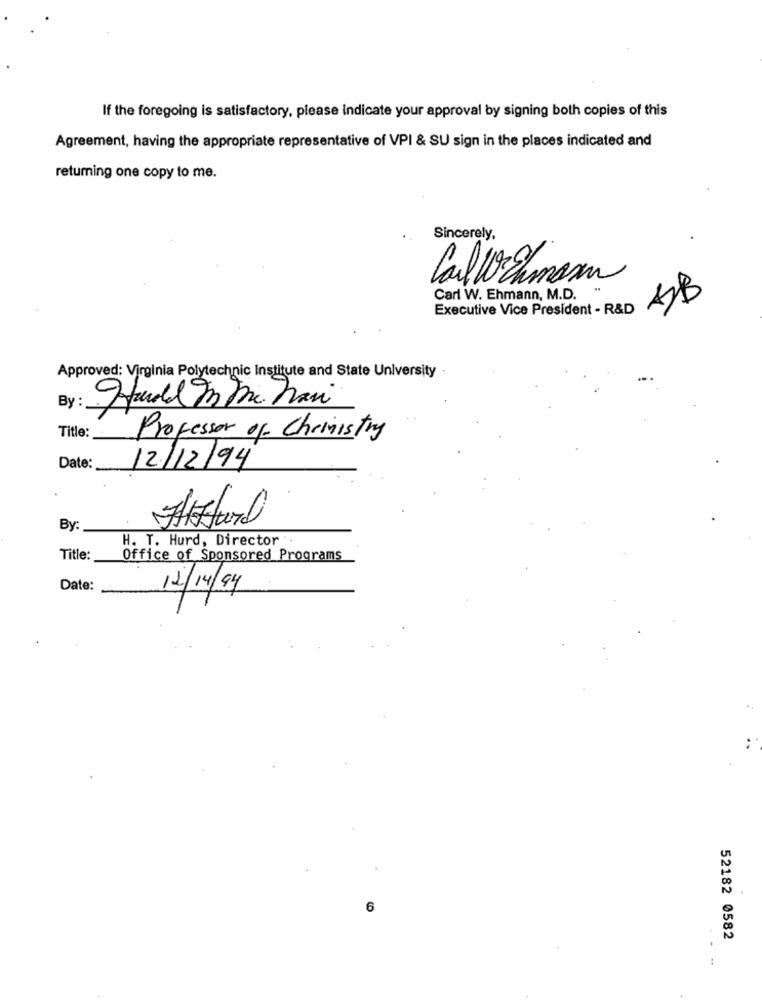
If the foregoing is satisfactory, please indicate your approval by signing both copies of this
Agreement, having the appropriate representative of VPI & SU sign in the places indicated and
returning one copy to me.
Sincerely,
CalWichmann
Carl W. Ehmann, M.D.
Executive Vice President - R&D
Approved: Virginia Polytechnic Institute and State University
By :
Title: _
Professor of Chrinistry
Date:
12/12/94
By:
H. T. Hurd, Director
Title:
Office of Sponsored Programs
Date:
12/14/94
6
52182 0582